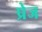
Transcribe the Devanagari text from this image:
प्रेज